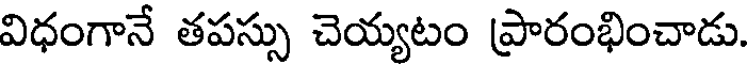
విధంగానే తపస్సు చెయ్యటం ప్రారంభించాడు.